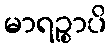
မာရဉ္စာပိ